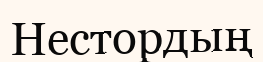
Нестордың